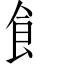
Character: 飠